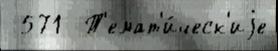
 571  Т'емат'и́ческ'иjе